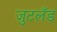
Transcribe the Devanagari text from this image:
जुटलँड